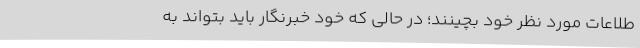
طلاعات مورد نظر خود بچینند؛ در حالی که خود خبرنگار باید بتواند به